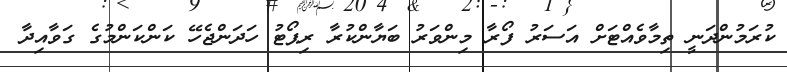
ކުރަމުންދަނީ ތިމާވެއްޓަށް އަސަރު ފޯރާ މިންވަރު ބަޔާންކުރާ ރިޕޯޓު ހަދަންޖެހޭ ކަންކަންމުގެ ގަވާއިދާ